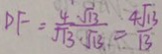
D F = \frac { 4 \sqrt { 1 3 } } { \sqrt { 3 } . \sqrt { 1 3 } } = \frac { 4 \sqrt { 1 3 } } { 1 3 }